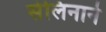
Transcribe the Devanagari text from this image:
सेलिनाने